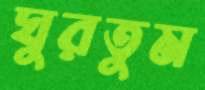
ঘুরতুম